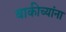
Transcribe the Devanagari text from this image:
बाकीच्यांना